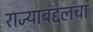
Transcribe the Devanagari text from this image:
राज्याबद्दलचा